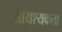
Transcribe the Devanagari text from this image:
आयश्यकता